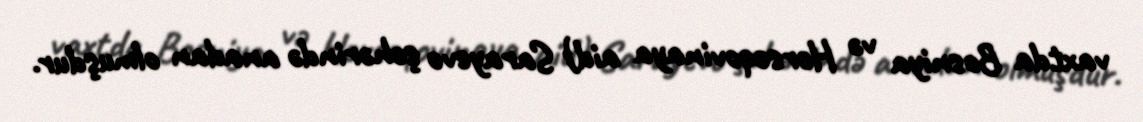
vaxtda Bosniya və Herseqovinaya aid) Sarayevo şəhərində anadan olmuşdur.